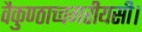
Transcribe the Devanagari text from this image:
वैकुण्ठाच्चगरीयसी।